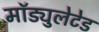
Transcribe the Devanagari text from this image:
मॉड्युलेटेड